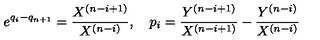
e ^ { q _ { i } - q _ { n + 1 } } = { \frac { X ^ { ( n - i + 1 ) } } { X ^ { ( n - i ) } } } , \quad p _ { i } = { \frac { Y ^ { ( n - i + 1 ) } } { X ^ { ( n - i + 1 ) } } } - { \frac { Y ^ { ( n - i ) } } { X ^ { ( n - i ) } } }